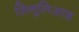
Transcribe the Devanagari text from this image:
सिनूलिआड